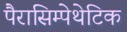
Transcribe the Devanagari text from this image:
पैरासिम्पेथेटिक